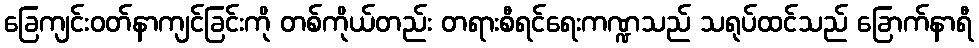
ခြေကျင်းဝတ်နာကျင်ခြင်းကို တစ်ကိုယ်တည်း တရားစီရင်ရေးကဏ္ဍသည် သရုပ်ထင်သည် ခြောက်နာရီ